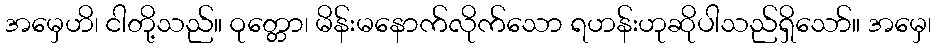
အမှေဟိ၊ ငါတို့သည်။ ဝုတ္တော၊ မိန်းမနောက်လိုက်သော ရဟန်းဟုဆိုပါသည်ရှိသော်။ အမှေ၊